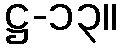
ဋ္ဌ-၁၃။